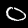
Digit: 0